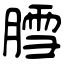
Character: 膤